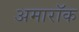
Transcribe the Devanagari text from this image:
अमारॉक